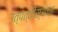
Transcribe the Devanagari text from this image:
उत्पत्तीस्थान